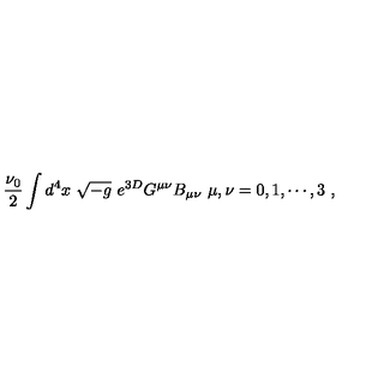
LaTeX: \frac { \nu _ { 0 } } { 2 } \int d ^ { 4 } x \ \sqrt { - g } \ e ^ { 3 D } G ^ { \mu \nu } B _ { \mu \nu } { } \ \mu , \nu = 0 , 1 , \cdots , 3 \ ,